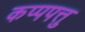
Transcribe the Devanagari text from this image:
कप्पपत्तु